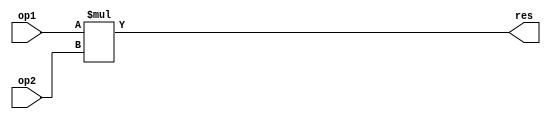
`timescale 1ns / 1ps
module Multiplier #(parameter N = 18)
(
    input [N-1:0]op1,op2,
    output [2*N-1:0]res
);

assign res = op1 * op2;
endmodule